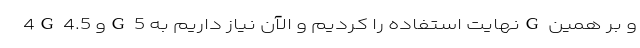
4G و 4.5G نهایت استفاده را کردیم و الآن نیاز داریم به 5G و بر همین